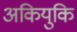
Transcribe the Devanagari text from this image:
अकियुकि